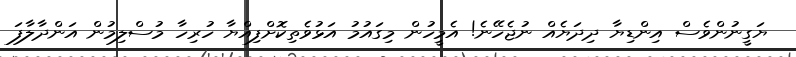
ޔަގީނުންވެސް އިންޑިޔާ ދިދަޔެއް ނުޖެހޭނެ! އެމީހުން މިގައުމު އަޅުވެތިކޮށްފިއްޔާ ހުރިހާ މުސްލިމުން އަންދާލާފަ